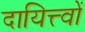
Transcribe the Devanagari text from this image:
दायित्त्वों